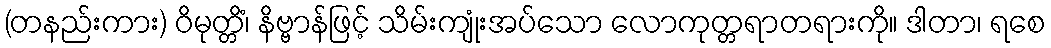
(တနည်းကား) ဝိမုတ္တိံ၊ နိဗ္ဗာန်ဖြင့် သိမ်းကျုံးအပ်သော လောကုတ္တရာတရားကို။ ဒါတာ၊ ရစေ